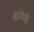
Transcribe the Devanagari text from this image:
क्षमेची